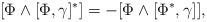
LaTeX: \begin{align*}[ \Phi \wedge [\Phi,\gamma]^*] = - [ \Phi \wedge [ \Phi^*,\gamma]],\end{align*}